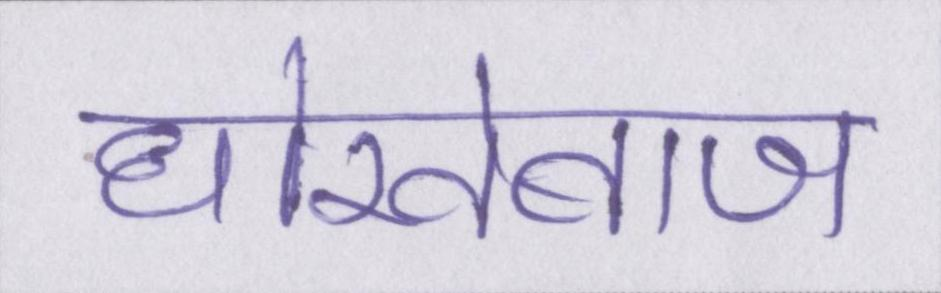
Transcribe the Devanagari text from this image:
धोखेबाज